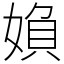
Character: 媍